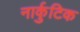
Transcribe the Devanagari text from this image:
नार्कुटिक